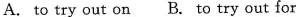
A. to try out on B. to try out for